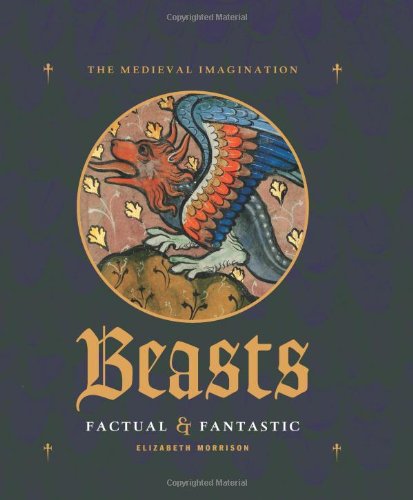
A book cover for Beasts Factual and Fantastic (Medieval Imagination); Elizabeth Morrison; Arts & Photography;